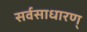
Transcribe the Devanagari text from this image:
सर्वसाधारण्